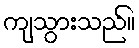
ကျသွားသည်။